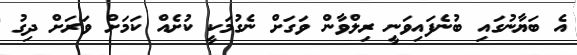
އެ ބަޔާނުގައި ބުނެފައިވަނީ ރިލްވާން ވަގަަށް ނެގުމަކީ ކުށެއް ކަމަށް ވަރަށް ދިގު